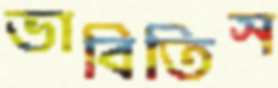
ভাবিতিস